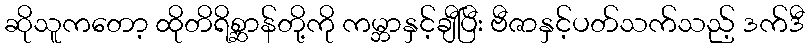
ဆိုသူကတော့ ထိုတိရိစ္ဆာန်တို့ကို ကမ္ဘာနှင့်ချီပြီး ဗီဇာနှင့်ပတ်သက်သည့် ဒက်ဒီ